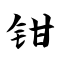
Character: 钳